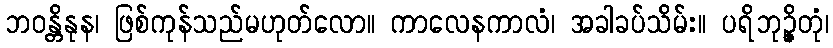
ဘဝန္တိနုန၊ ဖြစ်ကုန်သည်မဟုတ်လော။ ကာလေနကာလံ၊ အခါခပ်သိမ်း။ ပရိဘုဉ္ဇိတုံ၊